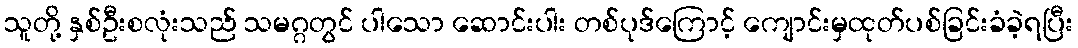
သူတို့ နှစ်ဦးစလုံးသည် သမဂ္ဂတွင် ပါသော ဆောင်းပါး တစ်ပုဒ်ကြောင့် ကျောင်းမှထုတ်ပစ်ခြင်းခံခဲ့ရပြီး